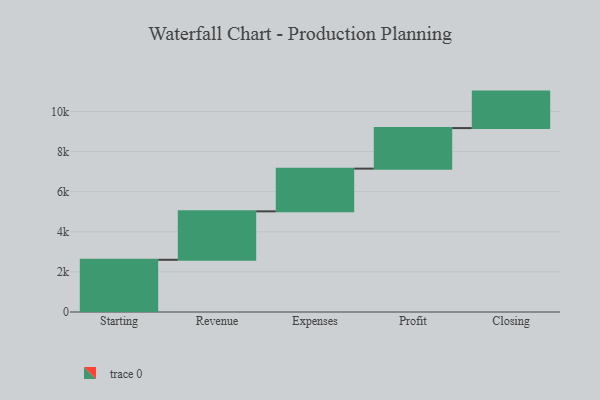
{"axis": {"x": "Step", "y": "Value"}, "legend": [""], "data": [{"x": "Starting", "y": 2603.0, "type": ""}, {"x": "Revenue", "y": 2416.0, "type": ""}, {"x": "Expenses", "y": 2130.0, "type": ""}, {"x": "Profit", "y": 2022.0, "type": ""}, {"x": "Closing", "y": 1819.0, "type": ""}]}